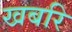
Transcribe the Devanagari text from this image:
खबरि